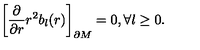
\left[ { \frac { \partial } { \partial r } } r ^ { 2 } b _ { l } ( r ) \right] _ { \partial M } = 0 , \forall l \geq 0 .